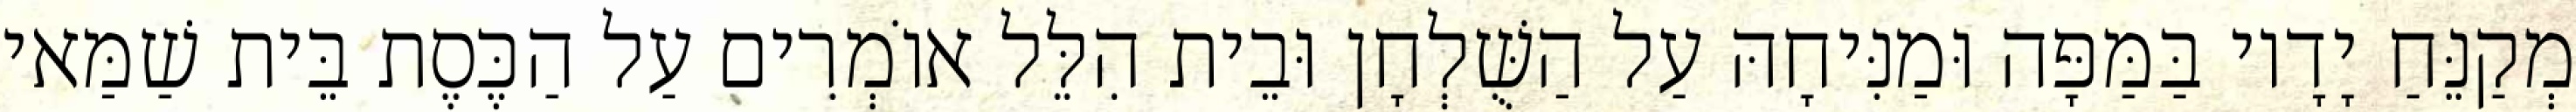
מְקַנֵּחַ יָדָיו בַּמַּפָּה וּמַנִּיחָהּ עַל הַשֻּׁלְחָן וּבֵית הִלֵּל אוֹמְרִים עַל הַכֶּסֶת בֵּית שַׁמַּאי